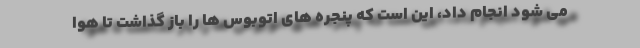
می شود انجام داد، این است که پنجره های اتوبوس ها را باز گذاشت تا هوا